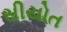
સીયોત